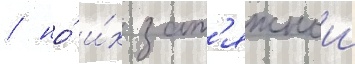
/ но́ и́х зат'яжнои